King Institute of Preventive Medicine Micro-Biological Section reports 1909-11
Year: 1909
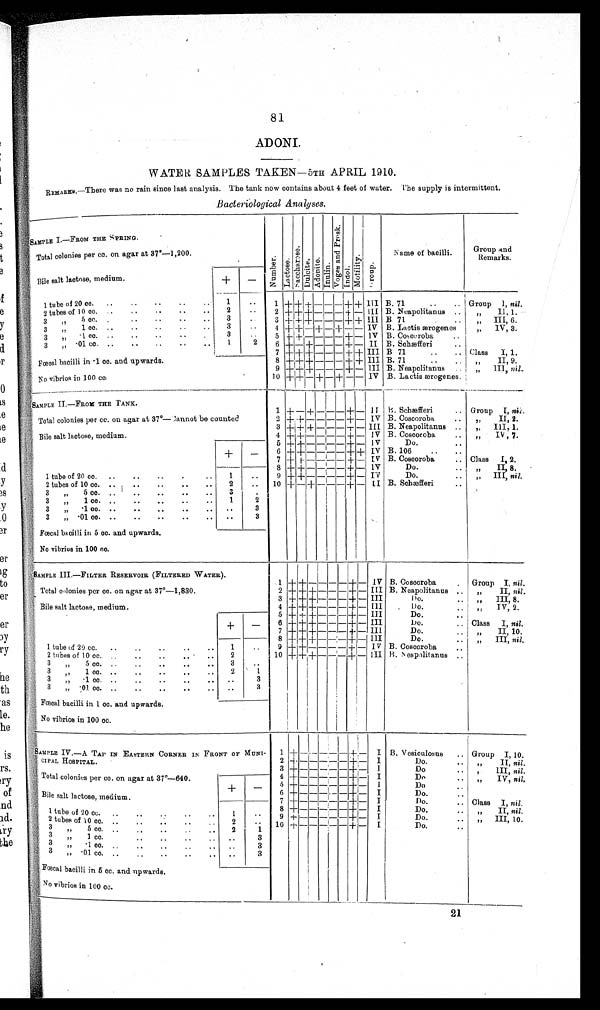
81
ADONI.
WATER SAMPLES TAKEN—5TH APRIL 1910.
REMARKS.—There was no rain since last analysis. The tank now contains about 4 feet of water. The supply is intermittent.
Bacteriological Analyses.
SAMPLE I—FROM THE SPRING.
Number.Lactose.Saccar ose. Dul ci t e.Adoni t e.Inul i n.Vo g e s a n d P r o s k .Indol.Moti l i ty.Group.
Name of bacilli.
Group and
Remarks.
Total colonies per cc. on agar at 37°—1,200.
Bile salt lactose, medium.
+
−
1 tube of 20 cc.
1
1
+ + + − − − + + III B. 71. Group 1, nil .
2 tubes of 10 cc.
2
2 + + + − − − + − III B. Neapolitanus
„ II, 1.
3 „ 5 c.c.
3
3 + + + − − − + + III B 71
„ III, 6.
3 „ 1 c.c .
3
4 + + − + − + − − IV B. Lactis ærogenes
„ 1V, 3.
3 „ •1 c c.
3
5 + + − − − − + −
IV B. Coscoroba.
3 „ •01 c.c.
1
2
6 + − + − − − + −
II B. Schæfferi
Fœcal bacilli in •1 cc. and upwards.
7 + + + − − − + + III B 71
Class I, 1.
8 + + + − − − + +
I I I B. 71
„ II, 9.
9 + + + − − − + −
III B. Neapolitanus
„ III, nil .
No vibrios in 100 cc.
10 + + − + − + −
−
IV B. Lactis ærogenes.
SAMPLE II.—FROM THE TANK.
1
+ − + − − −
+ −
I I B. Schæfferi
Group I, nil.
Total colonies per cc. on agar at 37°—Cannot be count
2 + + − − − − + −
IV B. Coscoroba
„ II, 2.
3 + + + − − − + −
III B. Neapolitanus
„ III. 1.
Bile salt lactose, medium.
4 + + − − − − + −
IV B. Coscoroba
„ IV; 7.
5 ++ − − − − + −
IV
Do.
+
−
6 + + − − − − + +
IV B. 106
7 + + − − − − + −
I V B. Coscoroba
Class I, 2.
8 + + − − − − + −
IV
Do.
„ II, 8.
1 tube of 20 cc.
1
9 + + − − − − + −
IV
Do.
„ III, nil.
2 tubes of 10 cc.
2
10 + − + − − − + −
II B. Schæfferi
3 „ 5 cc.
3
3 „ 1 cc.
1
2
3 „ •1 cc.
3
3 „ •01 cc.
3
Fœcal bacilli in 5 cc. and upwards.
No vibrios in 100 cc
.
SAMPLE III.—FILTER RESERVOIR (FILTERED WATER).
Total colonies per cc. on agar at 37°—1,830.
1 + + − − − − + −
IV B. Coscoroba
Group I, nil .
2 + + + − − − + −
III B. Neapolitanus
„ II, nil.
3 + + + − − − + −
I I I
Do.
„ III 8.
Bile salt lactose, medium.
4 + + + − − − + −
I I I
Do.
„ IV, 2.
5 + + +− − − + −
I I I
Do.
+
−
6 + + + − − − + −
III
Do.
Class I, nil.
7 + + + − − − + −
III
Do.
„ II, 10.
8 + + + − − − + −
I I I
Do.
„ III, nil.
1 tube of 20 cc.
1
9 + + − − − − + −
I V B. Coscoroba
2 tubes of 10 cc.
2
10 + + + − − − + −
III B. Nespolitanus
3 „ 5 cc.
3
3 „ 1 cc.
2
1
3 „ •1 cc.
3
3 „ •01 cc.
3
Fœcal bacilli in 1 cc. and upwards.
No vibrios in 100 cc.
SAMPLE IV.—A. TAP IN EASTERN CORNER IN FRON OF
M U N I C I P A L H O S P I T A L .
1
+ − − −
−
−
+
−
I B . V e s i c u l o s u s
Group I, 10,
2 + − − − −
− + −
I Do.
„ II, nil .
Total colonies per cc. on agar at 37°—640.
3 + − − − − − + −
I Do.
„ III, nil.
4 + − − − − − + −
I Do.
„ IV nil
Bile salt lactose, medium.
+
−
5 + − − − − − + −
I Do.
6 + − − − − − + −
I Do.
7 + − − − − − + −
I Do.
Class I, nil .
8 + − − − − − + −
I Do.
„ II, nil .
1 tube of 20 cc.
1
9 + − − − − − + −
I Do.
„ III, 10.
2 t u b e
of 10 cc.
2
1 0
+ − − − − − + −
I Do.
3 „ 5 cc.
2
1
3 „ 1 cc.
3
3 „ • 1 c c .
3
3 „ •01 cc.
3
Fœcal bacilli in 5 cc. and upwards.
No vibrios in 100 cc.
21